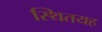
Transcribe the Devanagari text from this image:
स्थितयह